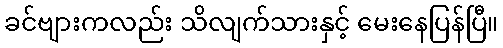
ခင်ဗျားကလည်း သိလျက်သားနှင့် မေးနေပြန်ပြီ။